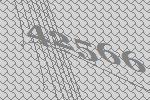
42566